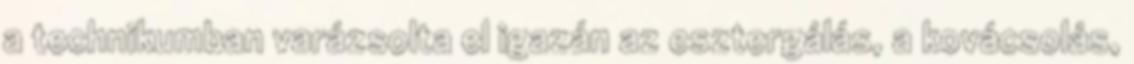
a technikumban varázsolta el igazán az esztergálás, a kovácsolás,